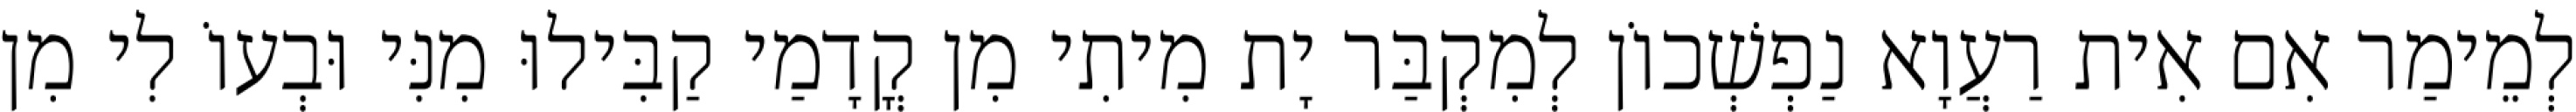
לְמֵימַר אִם אִית רַעֲוָא נַפְשְׁכוֹן לְמִקְבַּר יָת מִיתִי מִן קֳדָמַי קַבִּילוּ מִנִּי וּבְעוֹ לִי מִן